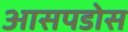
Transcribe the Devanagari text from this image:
आसपडोस